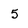
Character: 5